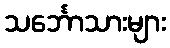
သင်္ဘောသားများ